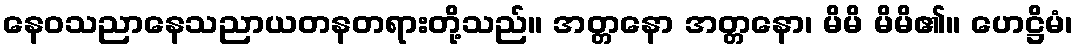
နေဝသညာနေသညာယတနတရားတို့သည်။ အတ္တနော အတ္တနော၊ မိမိ မိမိ၏။ ဟေဋ္ဌိမံ၊